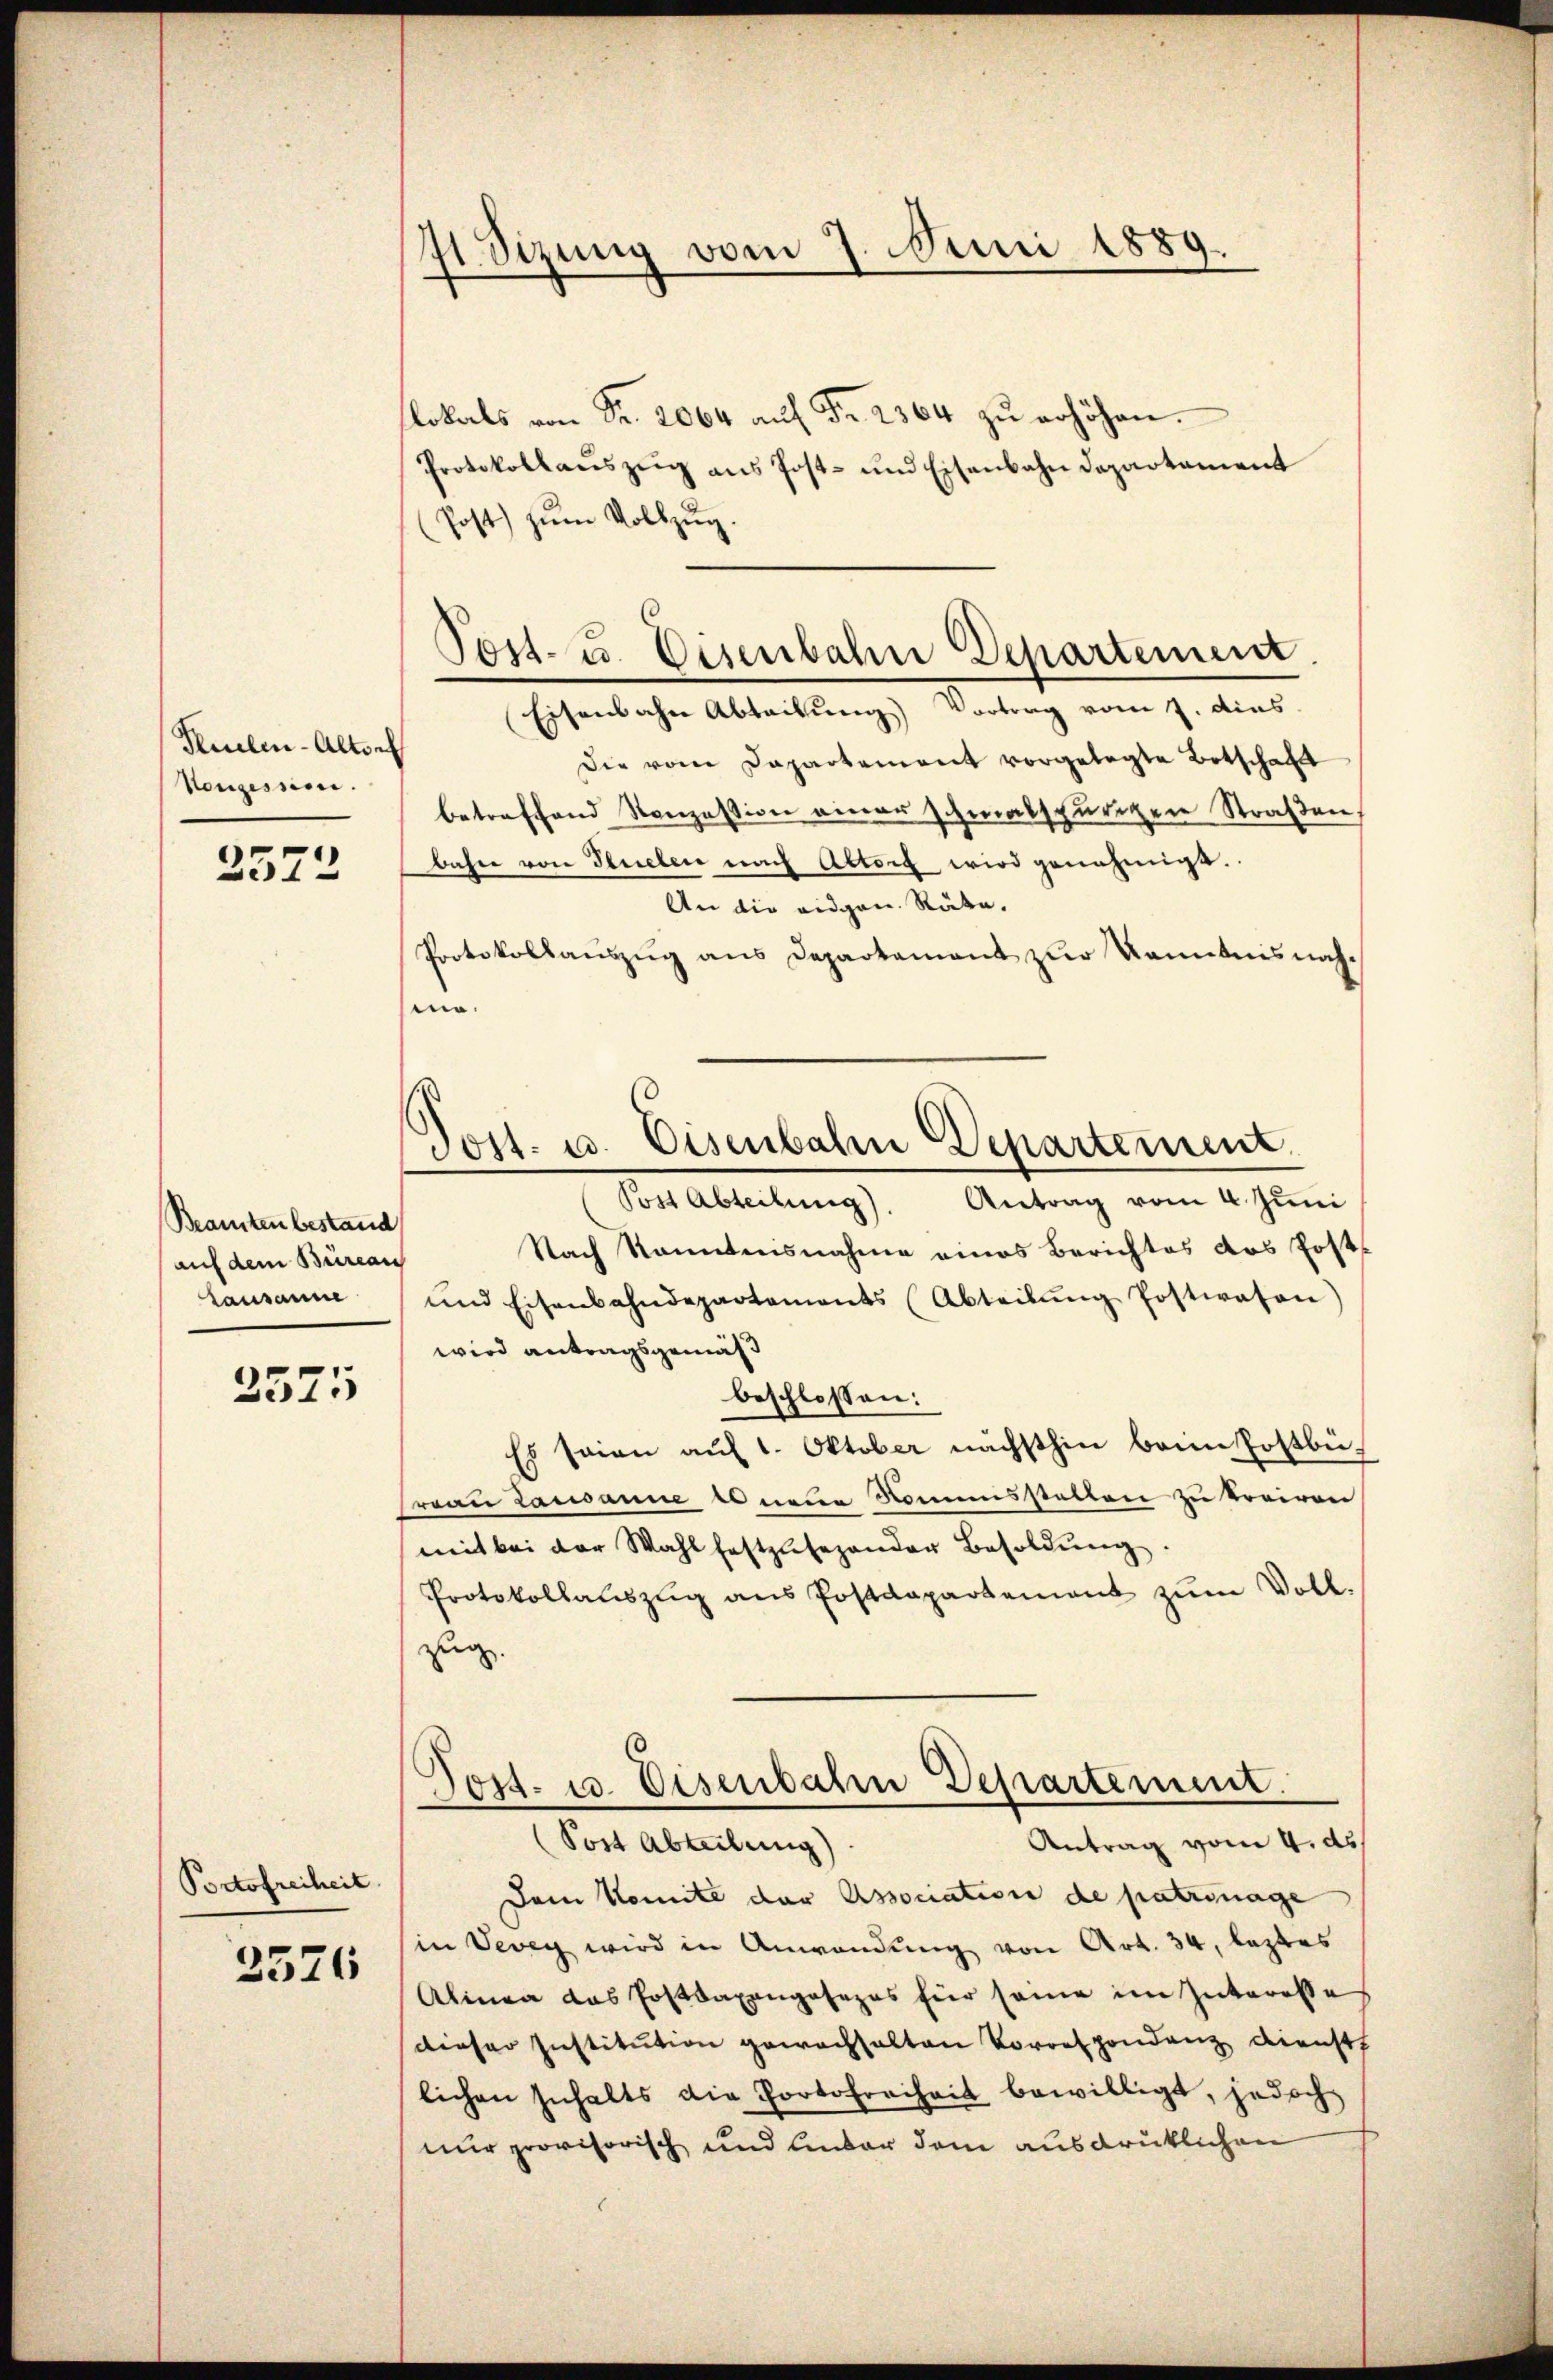
Puelen-Altorf
Konzession.

2572

Beamten bestand
(auf dem Büreau
Lausanne

2575

Portofreiheit

2526

71 Sizung vom 7. Juni 1889.

i.

lokals von Fr. 2064 aŭf Fr. 2364 zŭ erhöhen.
Protokollanszŭg ans Post- und Eisenbahndepartament
(Post zŭm Vollzŭg.
Eisenbahn Abteilung) Vortrag vom 7. dies
Die vom Dapartement vorgelegte Botschaft
betreffend Konzession einer schmalspurigen Straßen,
bahne von Stielen nach Altorf wird genehmigt.
An die eidgen. Räte.
Protokollaŭszŭg ans Departement zŭr Kenntnis nach¬
Post Abteilung). Antrag vom 4. Jŭni
Nach Kenntnisnahme eines Berichtes das Post¬
und Eisenbahndepartements (Abteilŭng Postwesen)
wird antragsgemäß
beschlossen:
Es seien auf 1. Oktober nächsthin beim Postbüfrau Lausanne es neue Nomisstellen zu kreiren
mit bei der Wahl festzusehender Besoldŭng
Protokollaŭszŭg ans Postdepartement zŭm Voll-
zug.
Jost- u. Eisenbahn Departement.
(Post Abteilung)
Antrag vom 4. ds
Dem Komite der Association de patronage
in Vevey wird in Anwendŭng von Art. 34, leztes
Alinen das Posttaxangosezes für seine im Interesse
dieser Institution gewachhalten Vorrespondenz dienst
lichen Inhalts die Portofreiheit bewilligt, jedoch
nur provisorisch und unter dem ausdrüklichen

Post- u. Eisenbahn Departement.

Jost. u. Eisenbahr Departement.